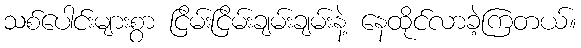
သစ်ပေါင်းများစွာ ငြိမ်းငြိမ်းချမ်းချမ်းနဲ့ နေထိုင်လာခဲ့ကြတယ်။